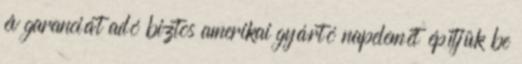
év garanciát adó biztos amerikai gyártó napelemét építjük be